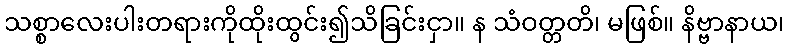
သစ္စာလေးပါးတရားကိုထိုးထွင်း၍သိခြင်းငှာ။ န သံဝတ္တတိ၊ မဖြစ်။ နိဗ္ဗာနာယ၊